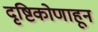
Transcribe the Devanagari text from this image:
दृष्टिकोणाहून